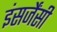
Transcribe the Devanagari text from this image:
इंसर्जेंसी